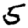
Digit: 5